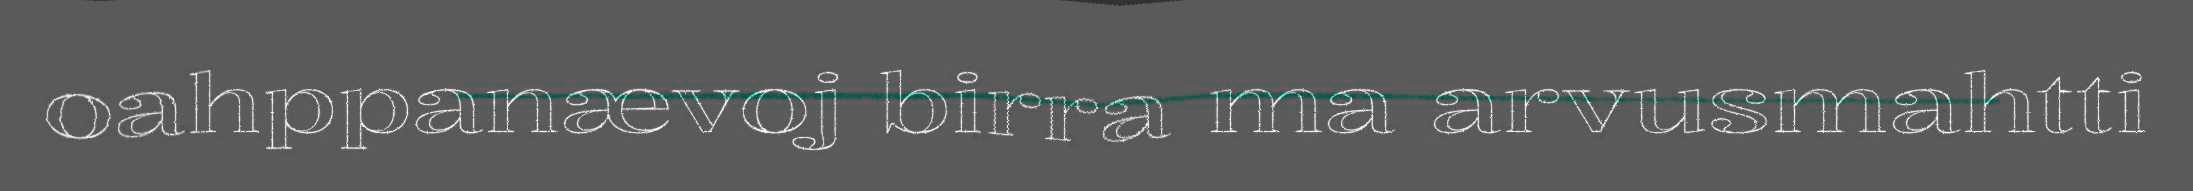
oahppanævoj birra ma arvusmahtti